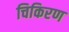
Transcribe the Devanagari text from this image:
चिकिरण